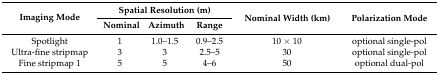
<table><thead><tr><td rowspan="2"><b>Imaging Mode</b></td><td colspan="3"><b>Spatial Resolution (m)</b></td><td rowspan="2"><b>Nominal Width (km)</b></td><td rowspan="2"><b>Polarization Mode</b></td></tr><tr><td><b>Nominal</b></td><td><b>Azimuth</b></td><td><b>Range</b></td></tr></thead><tbody><tr><td>Spotlight</td><td>1</td><td>1.0–1.5</td><td>0.9–2.5</td><td>10 × 10</td><td>optional single-pol</td></tr><tr><td>Ultra-fine stripmap</td><td>3</td><td>3</td><td>2.5–5</td><td>30</td><td>optional single-pol</td></tr><tr><td>Fine stripmap 1</td><td>5</td><td>5</td><td>4–6</td><td>50</td><td>optional dual-pol</td></tr></tbody></table>